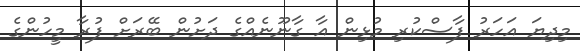
މިދިޔަ އަހަރު ފާސްކުރި މުޅިން އާ ގާނޫނެއްގެ ދަށުން ބޭރަށް ފުރާ މީހުންގެ